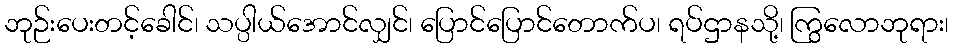
ဘုဉ်းပေးတင့်ခေါင်၊ သပ္ပါယ်အောင်လျှင်၊ ပြောင်ပြောင်တောက်ပ၊ ရပ်ဌာနသို့၊ ကြွလောဘုရား၊